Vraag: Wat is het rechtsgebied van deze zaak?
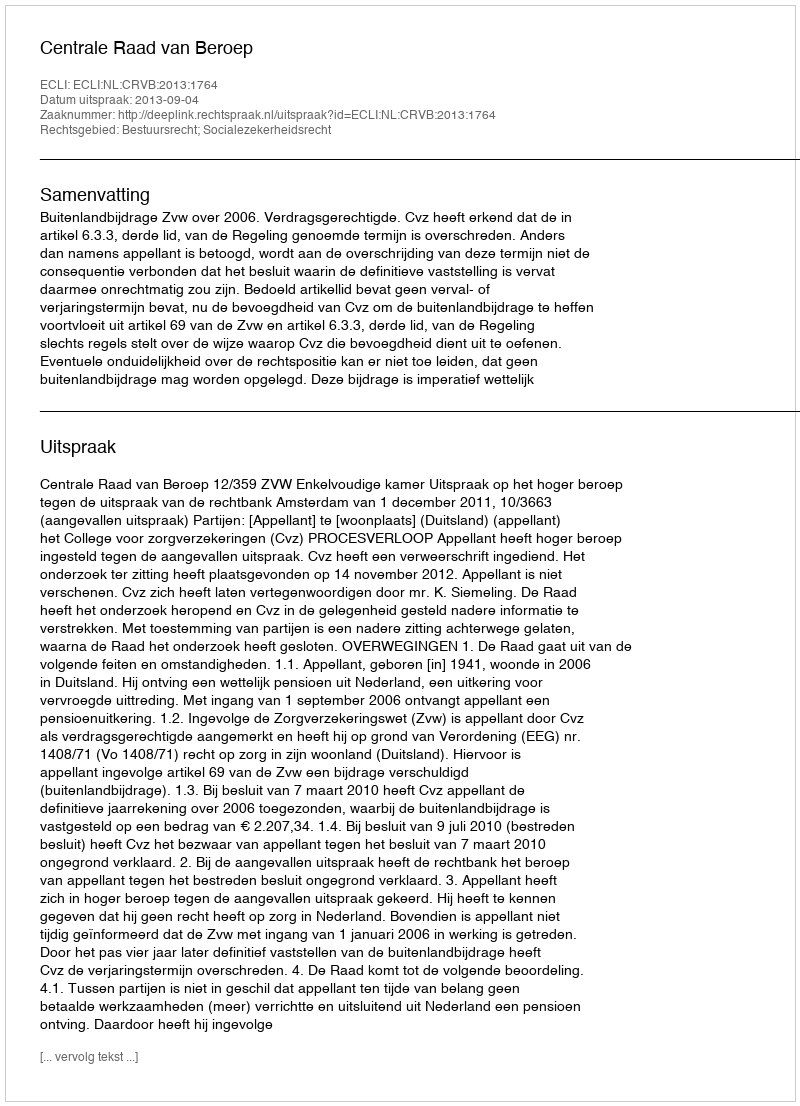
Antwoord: Bestuursrecht; Socialezekerheidsrecht